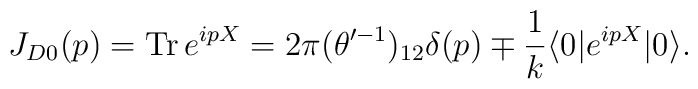
J_{D0}(p) = {\rm Tr}\, e^{ipX}= 2 \pi (\theta'^{-1})_{12} \delta (p)\mp \frac{1}{k} \langle 0| e^{ipX} |0 \rangle.